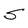
Character: S